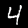
Digit: 4